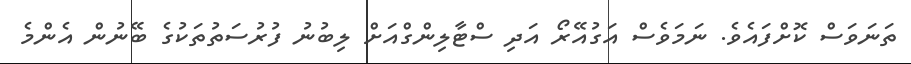
ތަނަވަސް ކޮށްފައެވެ. ނަމަވެސް އަގުއޭރޯ އަދި ސްޓާލިންގްއަށް ލިބުނު ފުރުސަތުތަކުގެ ބޭނުން އެންމެ